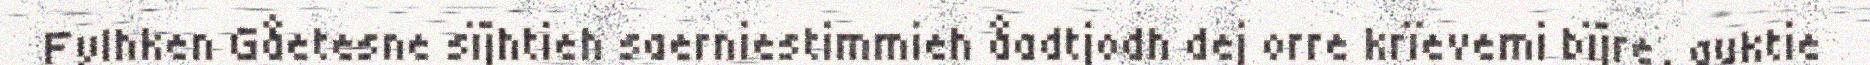
Fylhken Gåetesne sïjhtieh saerniestimmieh åadtjodh dej orre krïevemi bïjre, guktie